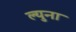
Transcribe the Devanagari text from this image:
ल्युना